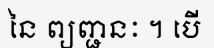
នៃ ព្យញ្ជនៈ ។ បើ